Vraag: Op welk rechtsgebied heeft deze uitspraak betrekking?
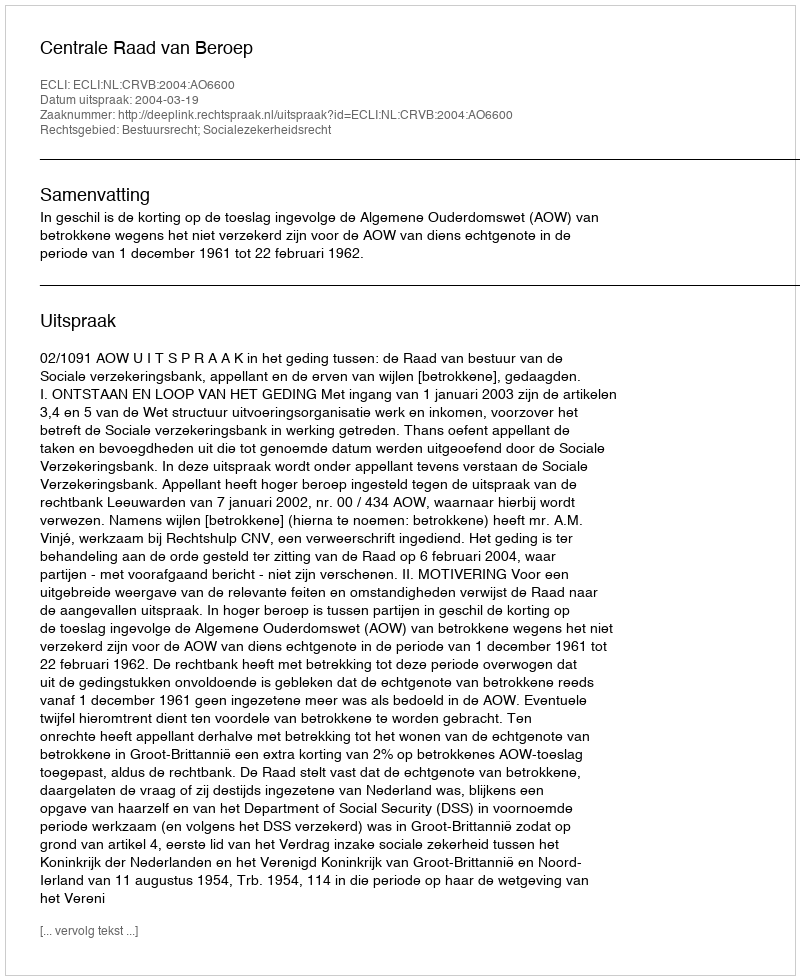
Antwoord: Bestuursrecht; Socialezekerheidsrecht